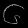
Digit: ၆